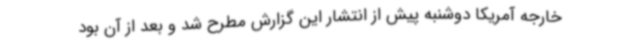
خارجه آمریکا دوشنبه پیش از انتشار این گزارش مطرح شد و بعد از آن بود